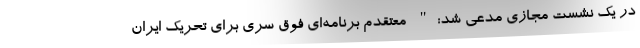
در یک نشست مجازی مدعی شد:" معتقدم برنامه‌ای فوق سری برای تحریک ایران